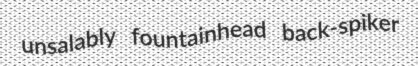
unsalably fountainhead back-spiker